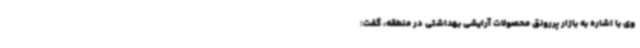
وی با اشاره به بازار پررونق محصولات آرایشی بهداشتی در منطقه، گفت: